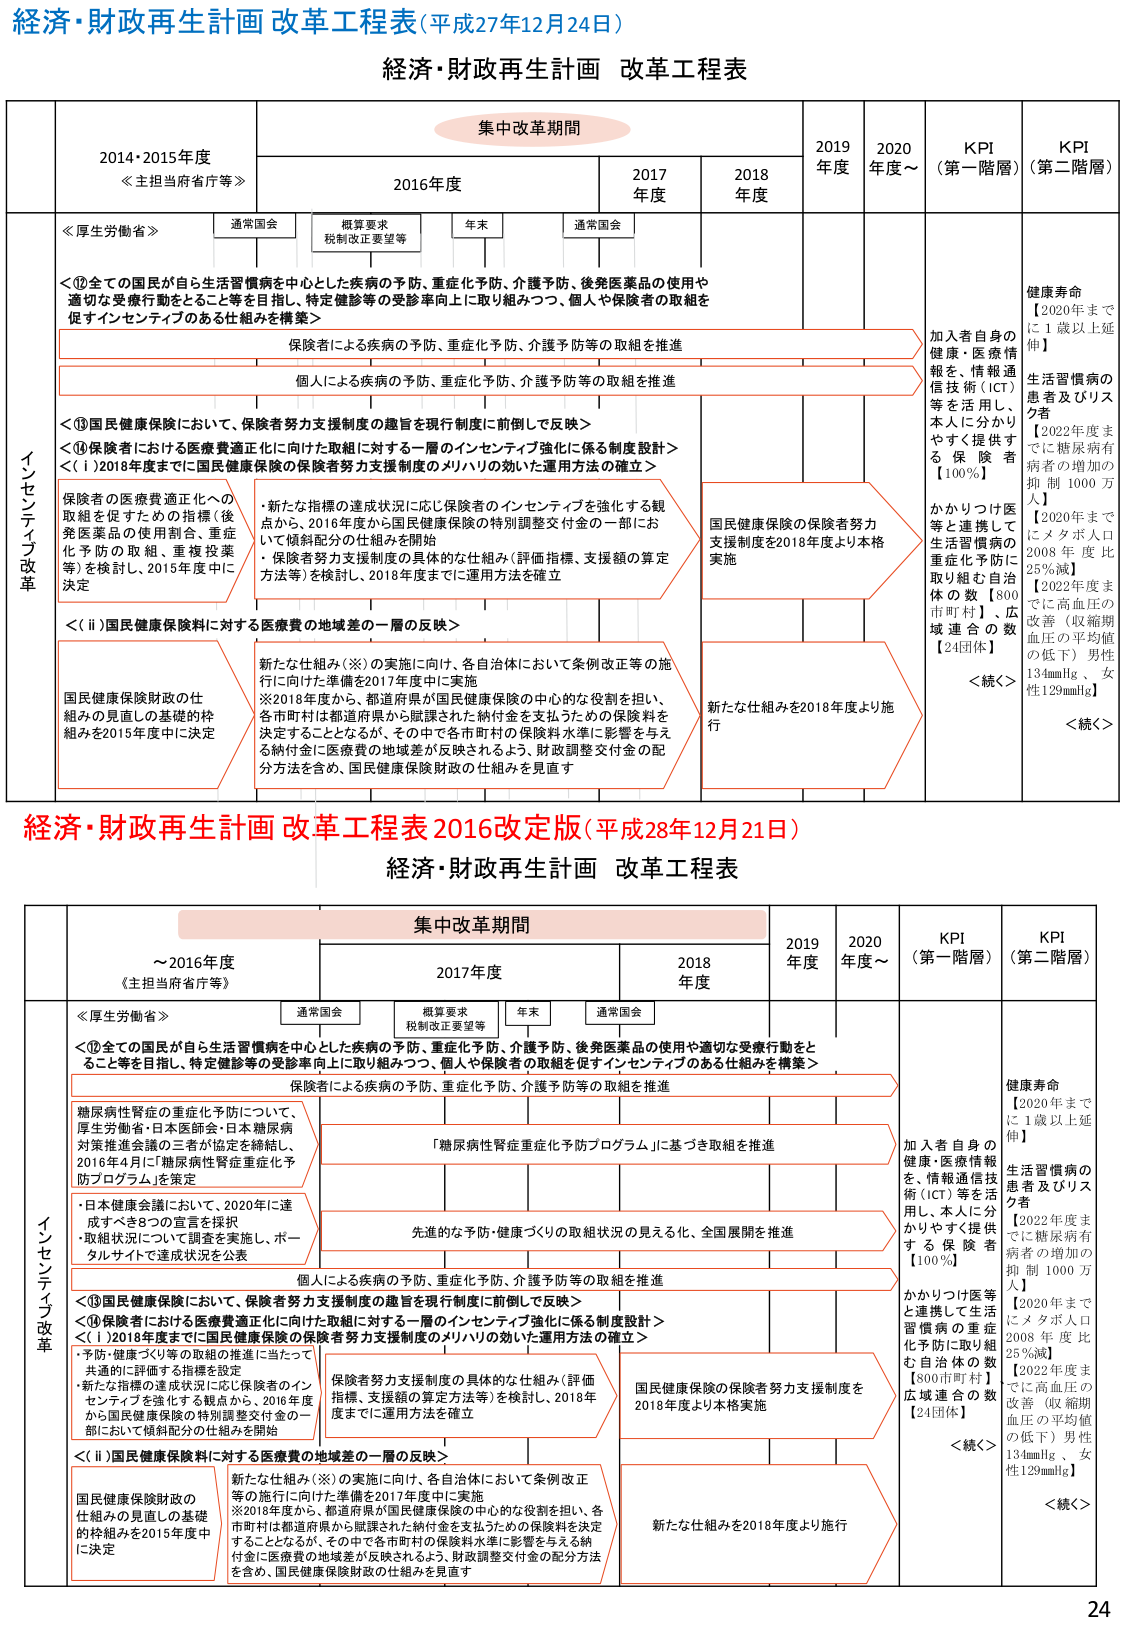
経済・財政再生計画 改革工程表（平成27年12月24日）
経済・財政再生計画 改革工程表

集中改革期間

2014・2015年度
≪主担当府省庁等≫

2016年度
通常国会
概算要求
税制改正要望等
年末
通常国会

2017年度

2018年度

2019年度

2020年度～

KPI（第一階層）

KPI（第二階層）

≪厚生労働省≫

＜⑫全ての国民が自ら生活習慣病を中心とした疾病の予防、重症化予防、介護予防、後発医薬品の使用や適切な受療行動をとること等を目指し、特定健診等の受診率向上に取り組みつつ、個人や保険者の取組を促すインセンティブのある仕組みを構築＞

保険者による疾病の予防、重症化予防、介護予防等の取組を推進

個人による疾病の予防、重症化予防、介護予防等の取組を推進

＜⑬国民健康保険において、保険者努力支援制度の趣旨を現行制度に前倒しで反映＞
＜⑭保険者における医療費適正化に向けた取組に対する一層のインセンティブ強化に係る制度設計＞
＜（ⅰ）2018年度までに国民健康保険の保険者努力支援制度のメカニズムの効いた運用方法の確立＞

保険者の医療費適正化への取組を促すための指標（後発医薬品の使用割合、重症化予防の取組、重複投薬等）を検討し、2015年度中に決定

・新たな指標の達成状況に応じ保険者のインセンティブを強化する観点から、2016年度から国民健康保険の特別調整交付金の一部において傾斜配分の仕組みを開始
・保険者努力支援制度の具体的な仕組み（評価指標、支援額の算定方法等）を検討し、2018年度までに運用方法を確立

国民健康保険の保険者努力支援制度を2018年度より本格実施

加入者自身の健康・医療情報等を、情報通信技術（ICT）等を活用し、本人に分かりやすく提供する保険者【100％】

かかりつけ医等と連携して生活習慣病の重症化予防に取り組む自治体の数【800市町村】・広域連合の数【24団体】

健康寿命
【2020年までに1歳以上延伸】

生活習慣病の患者及びリスク者
【2022年度までに糖尿病有病者の増加の抑制 1000万人】
【2020年までにメタボ人口2008年度比25％減】
【2022年度までに高血圧の改善（収縮期血圧の平均値の低下）男性134mmHg、女性129mmHg】

＜続く＞

＜続く＞

＜（ⅱ）国民健康保険料に対する医療費の地域差の一層の反映＞

国民健康保険財政の仕組みの見直しの基礎的枠組を2015年度中に決定

新たな仕組み（※）の実施に向け、各自治体において条例改正等の施行に向けた準備を2017年度中に実施
※2018年度から、都道府県が国民健康保険の中心的な役割を担い、各市町村は都道府県から賦課された納付金を支払うための保険料を決定することとなるが、その中で各市町村の保険料水準に影響を与える納付金に医療費の地域差が反映されるよう、財政調整交付金の配分方法を含め、国民健康保険財政の仕組みを見直す

新たな仕組みを2018年度より施行

インセンティブ改革

経済・財政再生計画 改革工程表 2016改正版（平成28年12月21日）
経済・財政再生計画 改革工程表

集中改革期間

～2016年度
≪主担当府省庁等≫

2017年度
通常国会
概算要求
税制改正要望等
年末
通常国会

2018年度

2019年度

2020年度～

KPI（第一階層）

KPI（第二階層）

≪厚生労働省≫

＜⑫全ての国民が自ら生活習慣病を中心とした疾病の予防、重症化予防、介護予防、後発医薬品の使用や適切な受療行動をとること等を目指し、特定健診等の受診率向上に取り組みつつ、個人や保険者の取組を促すインセンティブのある仕組みを構築＞

保険者による疾病の予防、重症化予防、介護予防等の取組を推進

糖尿病性腎症の重症化予防について、厚生労働省・日本医師会・日本糖尿病対策推進会議の三者が協定を締結し、2016年4月に「糖尿病性腎症重症化予防プログラム」を策定

「糖尿病性腎症重症化予防プログラム」に基づき取組を推進

加入者自身の健康・医療情報を、情報通信技術（ICT）等を活用し、本人に分かりやすく提供する保険者【100％】

かかりつけ医等と連携して生活習慣病の重症化予防に取り組む自治体の数【800市町村】広域連合の数【24団体】

健康寿命
【2020年までに1歳以上延伸】

生活習慣病の患者及びリスク者
【2022年度までに糖尿病有病者の増加の抑制 1000万人】
【2020年までにメタボ人口2008年度比25％減】
【2022年度までに高血圧の改善（収縮期血圧の平均値の低下）男性134mmHg、女性129mmHg】

＜続く＞

＜続く＞

・日本健康会議において、2020年に達成すべき2つの宣言を採択
・取組状況について調査を実施し、ポータルサイトで達成状況を公表

先進的な予防・健康づくりの取組状況の見える化、全国展開を推進

個人による疾病の予防、重症化予防、介護予防等の取組を推進

＜⑬国民健康保険において、保険者努力支援制度の趣旨を現行制度に前倒しで反映＞
＜⑭保険者における医療費適正化に向けた取組に対する一層のインセンティブ強化に係る制度設計＞
＜（ⅰ）2018年度までに国民健康保険の保険者努力支援制度のメカニズムの効いた運用方法の確立＞

・予防・健康づくり等の取組の推進に当たって共通的に評価する指標を設定
・新たな指標の達成状況に応じ保険者のインセンティブを強化する観点から、2016年度から国民健康保険の特別調整交付金の一部において傾斜配分の仕組みを開始

保険者努力支援制度の具体的な仕組み（評価指標、支援額の算定方法等）を検討し、2018年度までに運用方法を確立

国民健康保険の保険者努力支援制度を2018年度より本格実施

＜（ⅱ）国民健康保険料に対する医療費の地域差の一層の反映＞

国民健康保険財政の仕組みの見直しの基礎的枠組を2015年度中に決定

新たな仕組み（※）の実施に向け、各自治体において条例改正等の施行に向けた準備を2017年度中に実施
※2018年度から、都道府県が国民健康保険の中心的な役割を担い、各市町村は都道府県から賦課された納付金を支払うための保険料を決定することとなるが、その中で各市町村の保険料水準に影響を与える納付金に医療費の地域差が反映されるよう、財政調整交付金の配分方法を含め、国民健康保険財政の仕組みを見直す

新たな仕組みを2018年度より施行

インセンティブ改革

24